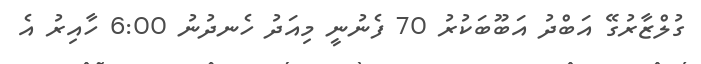
ގުލްޒާރުގޭ އަބްދު އަބޫބަކުރު 70 ފެނުނީ މިއަދު ހެނދުނު 6:00 ހާއިރު އެ